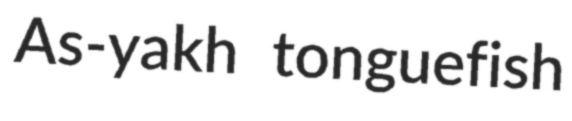
As-yakh tonguefish